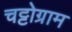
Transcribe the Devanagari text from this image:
चट्टोग्राम